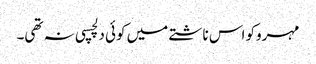
مہروکو اس ناشتے میں کوئی دلچسپی نہ تھی۔